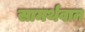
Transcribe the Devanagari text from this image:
सामर्थवान